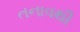
તનાવથી